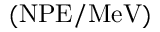
( \mathrm { N P E } / \mathrm { M e V } )